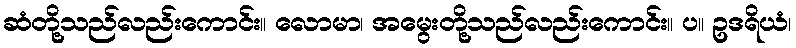
ဆံတို့သည်လည်းကောင်း။ လောမာ၊ အမွေးတို့သည်လည်းကောင်း။ ပ။ ဥဒရိယံ၊